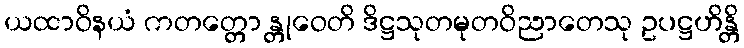
ယထာဝိနယံ ကတတ္တော န္တုဝေတိ ဒိဋ္ဌသုတမုတဝိညာတေသု ဥပဋ္ဌဟိန္တိ